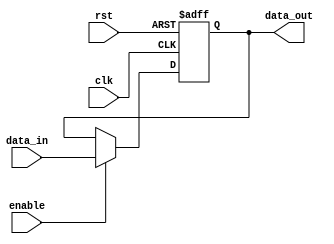
module ForwardingRegister #(
    parameter DATA_WIDTH = 32  // Define the width of the data
)(
    input wire clk,            // Clock signal
    input wire rst,            // Asynchronous reset signal
    input wire [DATA_WIDTH-1:0] data_in, // Data input
    input wire enable,         // Enable signal
    output reg [DATA_WIDTH-1:0] data_out // Data output
);

// Asynchronous reset and synchronous data capture
always @(posedge clk or posedge rst) begin
    if (rst) begin
        data_out <= {DATA_WIDTH{1'b0}}; // Clear the register (set to 0)
    end else if (enable) begin
        data_out <= data_in; // Capture the input data
    end
    // If enable is not asserted, retain the previous value
end

endmodule